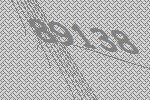
89138